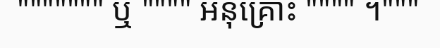
""""""" ឬ """" អនុគ្រោះ """" ។"""